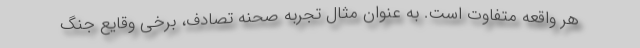
هر واقعه متفاوت است. به عنوان مثال تجربه صحنه تصادف، برخی وقایع جنگ